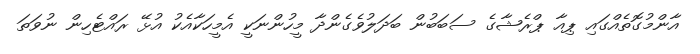
އާންމުގޮތެއްގައި ޕިއާ ޕްރެޝާގެ ސަބަބުން ބަދަލުވެގެންދާ މީހުންނަކީ އެމީހަކާއެކު އުޅޭ ރައްޓެހިން ނުވަތަ